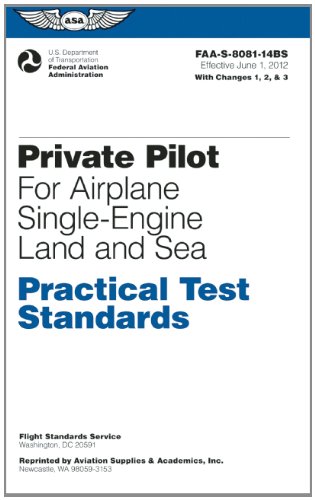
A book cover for Private Pilot Practical Test Standards for Airplane Single-Engine Land and Sea: FAA-S-8081-14B (Practical Test Standards series); Federal Aviation Administration (FAA)/Aviation Supplies & Academics (ASA); Engineering & Transportation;